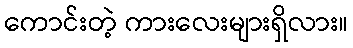
ကောင်းတဲ့ ကားလေးများရှိလား။